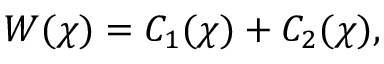
W ( \chi ) = C _ { 1 } ( \chi ) + C _ { 2 } ( \chi ) ,